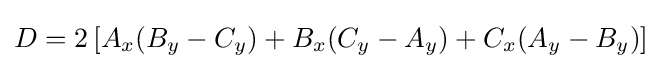
D=2\left[A_{x}(B_{y}-C_{y})+B_{x}(C_{y}-A_{y})+C_{x}(A_{y}-B_{y})\right]